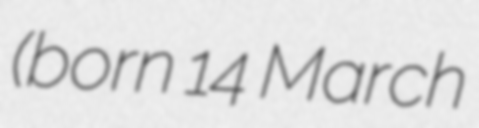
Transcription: (born 14 March